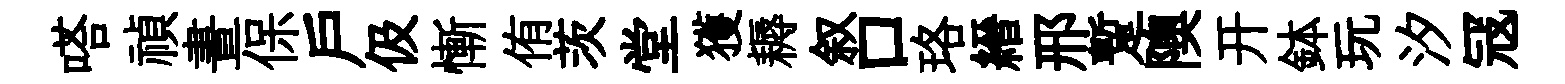
嗒禎晝保戶伋慚侑茨堂獲耨叙口珞縉邢蹔隩开鉢玩汐冦